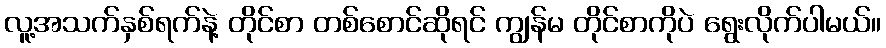
လူ့အသက်နှစ်ရက်နဲ့ တိုင်စာ တစ်စောင်ဆိုရင် ကျွန်မ တိုင်စာကိုပဲ ရွေးလိုက်ပါမယ်။